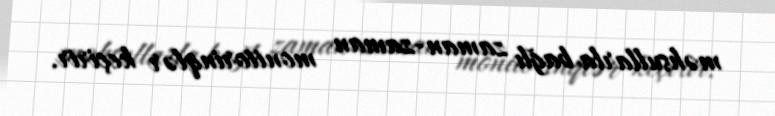
məhsullarla bağlı zaman-zaman monitorinqlər keçirir.